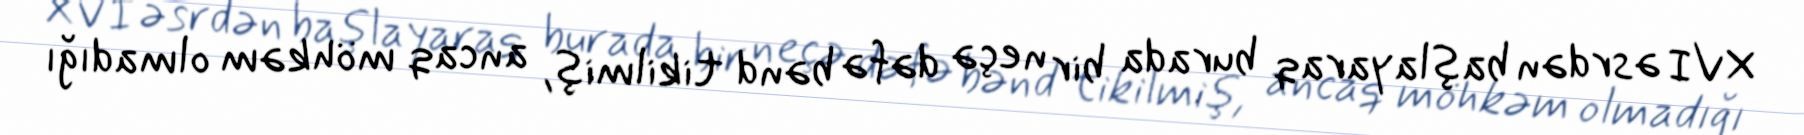
XVI əsrdən başlayaraq burada bir neçə dəfə bənd tikilmiş, ancaq möhkəm olmadığı